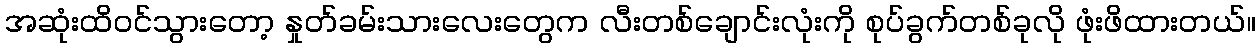
အဆုံးထိဝင်သွားတော့ နှုတ်ခမ်းသားလေးတွေက လီးတစ်ချောင်းလုံးကို စုပ်ခွက်တစ်ခုလို ဖုံးဖိထားတယ်။